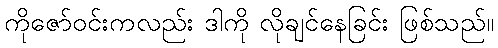
ကိုဇော်ဝင်းကလည်း ဒါကို လိုချင်နေခြင်း ဖြစ်သည်။